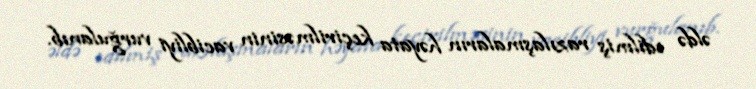
əldə edilmiş razılaşmaların həyata keçirilməsinin vacibliyi vurğulanıb.